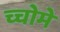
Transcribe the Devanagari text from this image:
च्चोमे